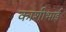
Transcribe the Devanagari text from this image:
काशीभाई